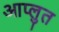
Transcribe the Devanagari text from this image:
आप्लुत